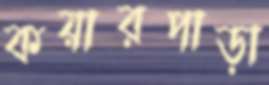
কয়ারপাড়া